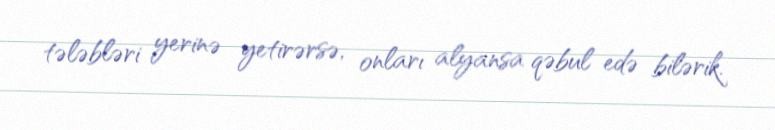
tələbləri yerinə yetirərsə, onları alyansa qəbul edə bilərik.